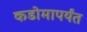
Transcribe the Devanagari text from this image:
कडोमापर्यंत